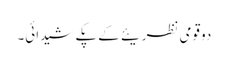
دو قومی نظریئے کے پکے شیدائی۔